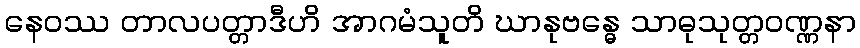
နေဝဿ တာလပတ္တာဒီဟိ အာဂမံသူတိ ဃာနုဗန္ဓေ သာဓုသုတ္တဝဏ္ဏနာ